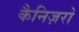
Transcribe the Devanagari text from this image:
कैनिज़रो